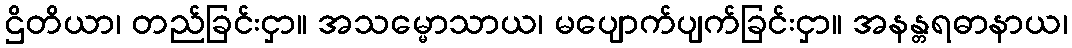
ဌိတိယာ၊ တည်ခြင်းငှာ။ အသမ္မောသာယ၊ မပျောက်ပျက်ခြင်းငှာ။ အနန္တရဓာနာယ၊